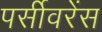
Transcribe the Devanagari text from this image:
पर्सीवरेंस